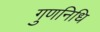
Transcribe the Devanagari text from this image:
गुणनिधि